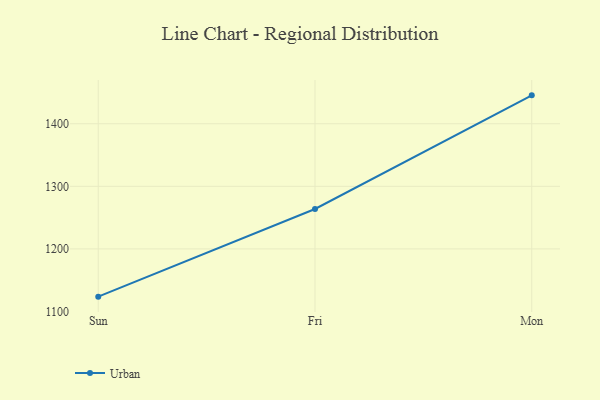
{"axis": {"x": "Day", "y": "Active Users"}, "legend": ["Urban"], "data": [{"x": "Sun", "y": 1123.7, "type": "Urban"}, {"x": "Fri", "y": 1263.8, "type": "Urban"}, {"x": "Mon", "y": 1445.4, "type": "Urban"}]}